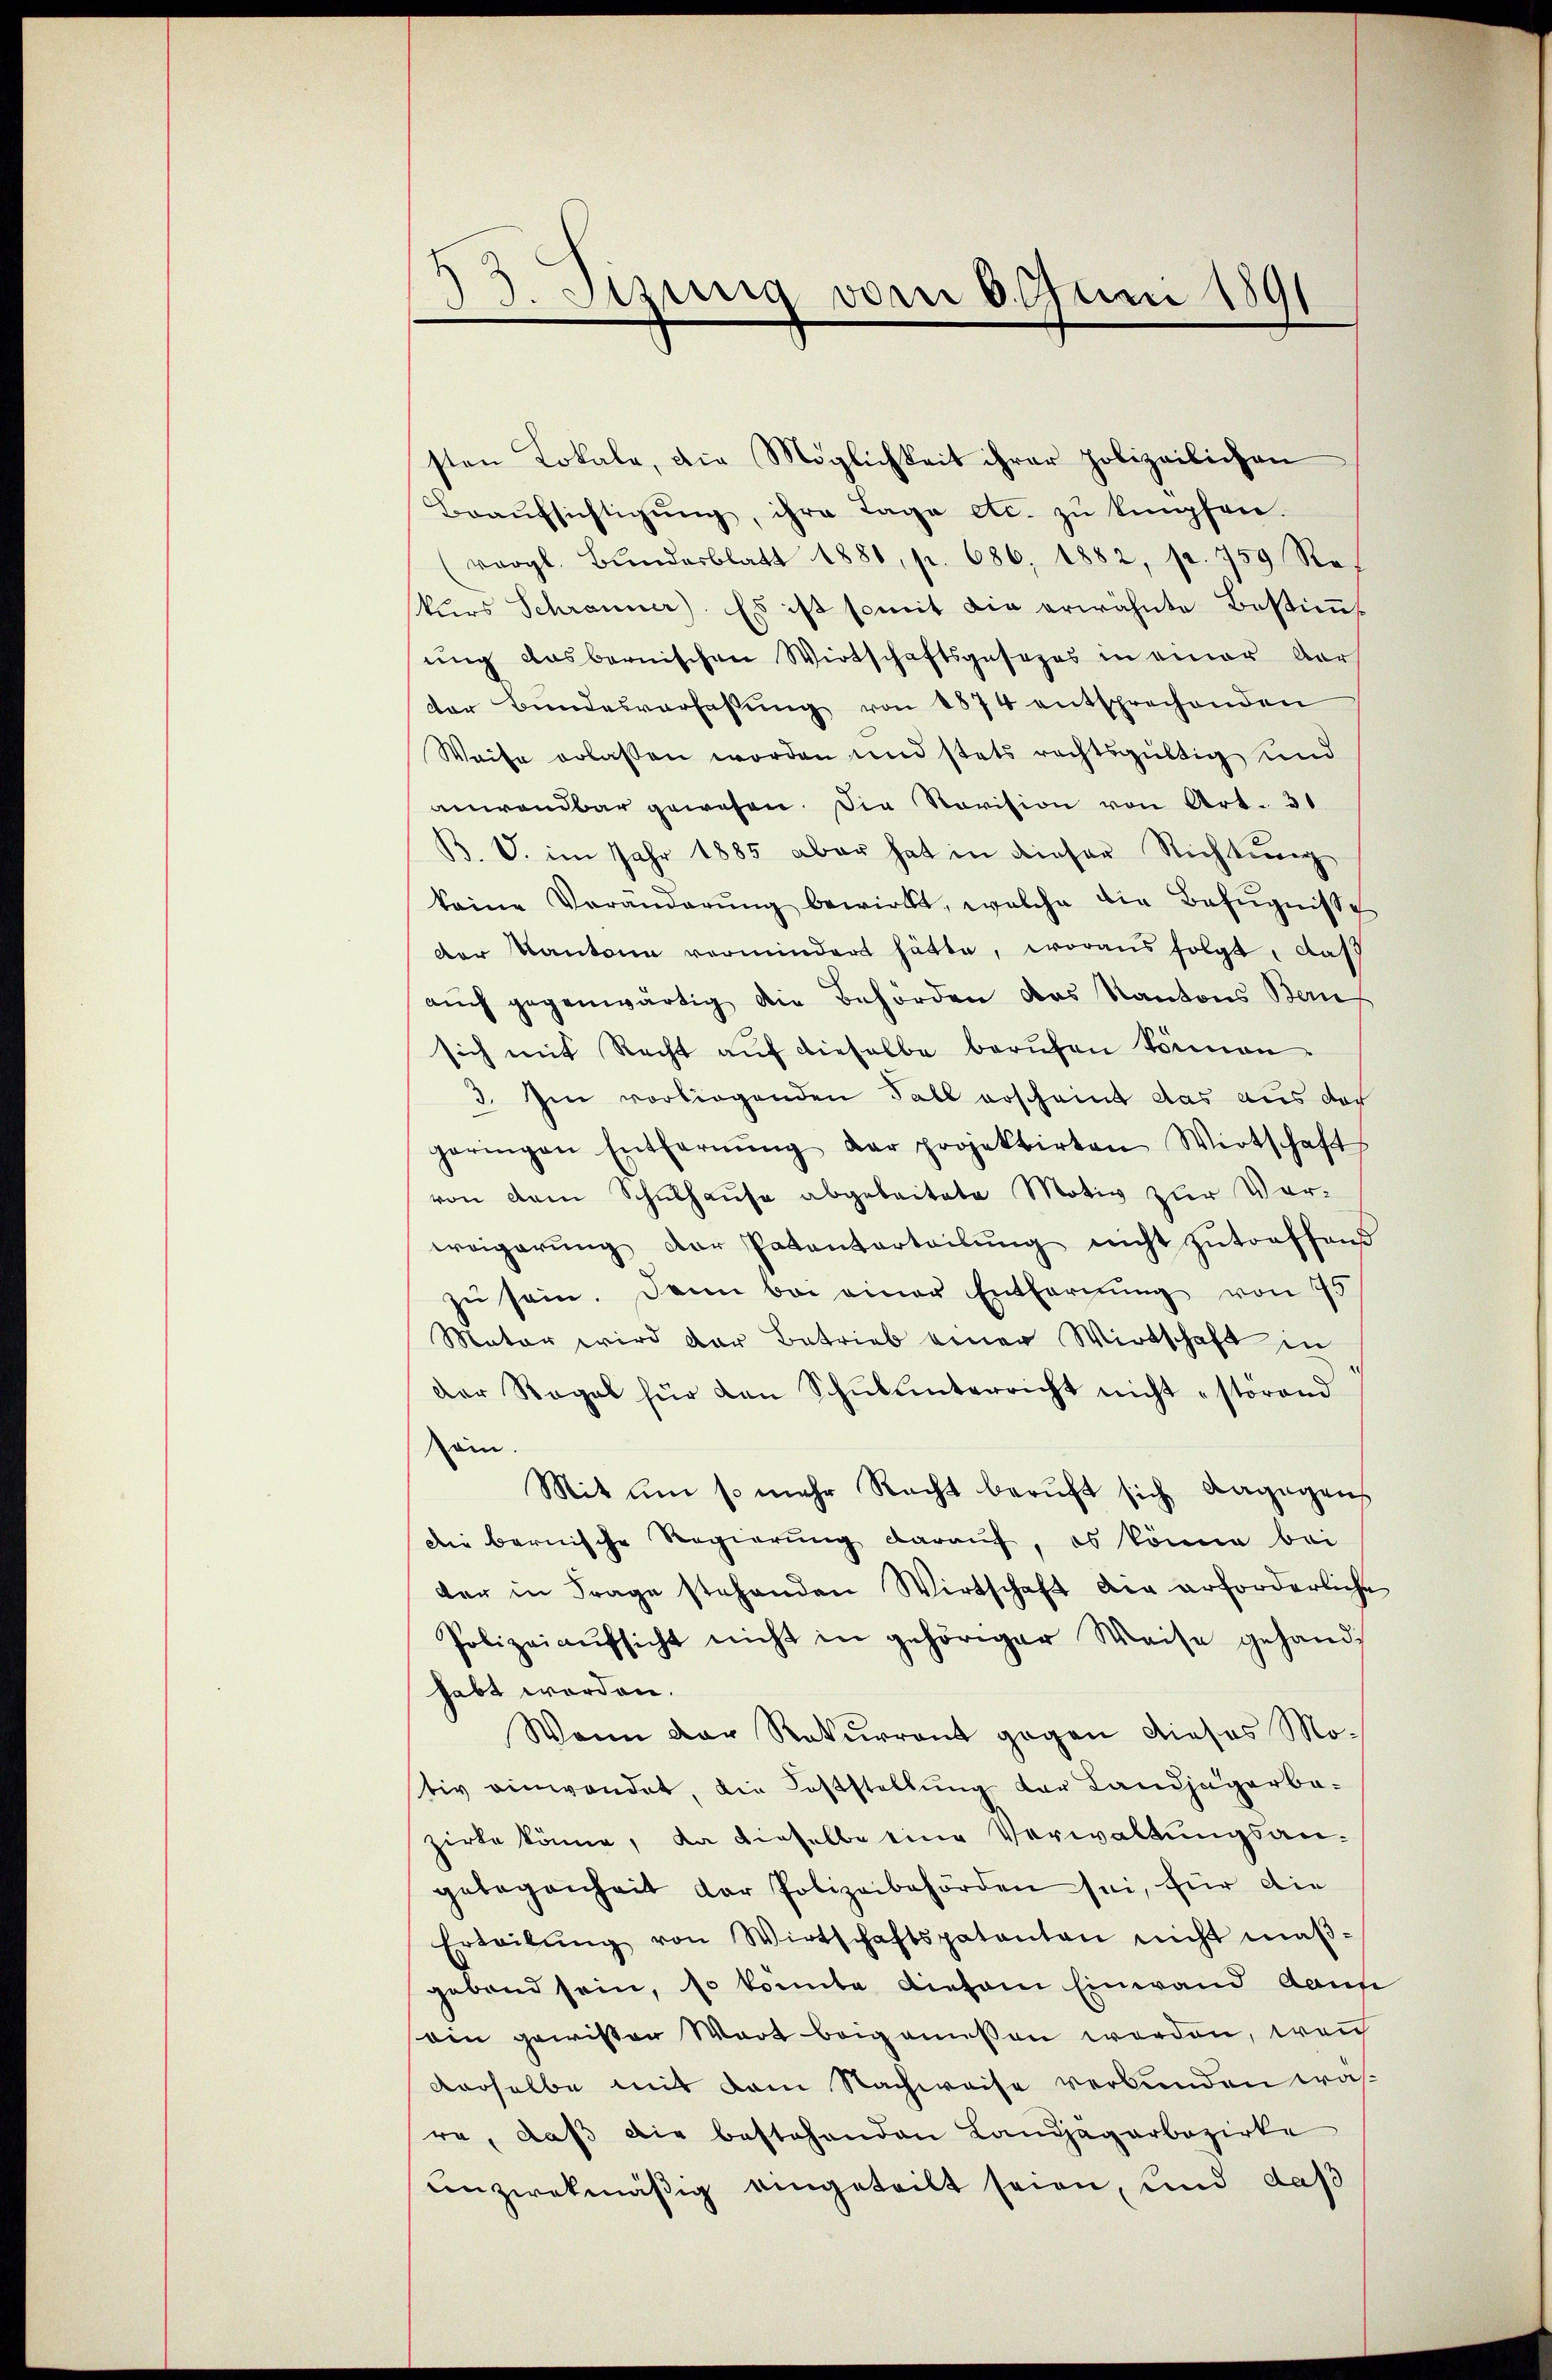
3. Sizung vom 6. Juni 1891

sten Lokale, die Möglichkeit ihrer polizeilichen
Beaŭfsichtigŭng, ihre Tage etc. zŭ kupfen.
(vergl. Bundesblatt 1881, p. 686, 1882, p. 759 Rekurs Schranner). Es ist somit die erwähnte Bestimmt
ung ausbernischen Wirtschaftsgesezes in einer Aar
der Bŭndesverfassŭng von 1874 entsprechenden
Weise erlassen worden und stets rechtsgültig und
anwendbar gewesen. Die Revision von Art. 31
B. V. im Jahr 1885 aber hat in dieser Richtŭng
keine Veränderŭng bewirkt, welche die Befugnisse
der Kantone vermindert hätte, woraus folgt, daß
aŭch gegenwärtig die Behörden das Kantons Bauf
sich mit Recht auf dieselbe berufen können.
3. Im vorliegenden Fall erscheint das aus der
geringen Entfernŭng der projektirten Wirtschaft
von dem Schŭlhaŭse abgeleitete Motiv zur Vor-
weigerŭng der Patenterteilŭng nicht zutreffend
zu sein. Dann bei einer Entfernung von 45
Mator wird der Betrieb bener Wirtschaft in
Der Regel für den Schŭlŭnterricht nicht störend
sein.
Mit um so mehr Recht beruft sich dagegens
Die bernische Regierung darauf, es könne bei
der in Frage stehenden Wirtschaft der erforderliche
Polizeiaufsicht nicht in gehöriger Weise gehandhabt worden.
Wann der Rekurrent gegen dieses Mo-
tiv einwendet, die Feststellung der Landjägerbazirke könne, da dieselbe eine Verwaltungsangelegenheit der Polizeibehörden sei, für die
Erteilŭng von Wirtschaftspatenten nicht maβ-
gebend sein, so konnte diesem Einwand dann
ein gewissen Wort beigemessen werden, wenn
derselbe mit dem Nachweise verbunden wasre, daß die bestehenden Landjagarbezirke
unzwekmäßig eingeteilt seien, und daß